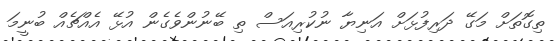
ތިގޮތަށް މަގޭ ދަރިފުޅަށް އަނިޔާ ނުކުރިއަސް ތި ބޭނުންވެގެން އުޅޭ އެއްޗެއް ބުނީމަ